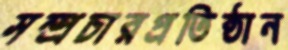
সম্প্রচারপ্রতিষ্ঠান